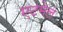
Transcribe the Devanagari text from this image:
एटमेल